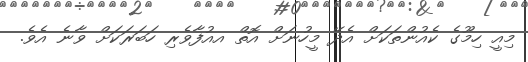
މިއީ ހިމޫގެ ކެއުންތަކަށް އެދޭ މީހުނަށް އޮތް އއުފާވެރި ހަބަރަކަށް ވާނެ އެވެ.